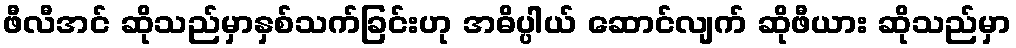
ဖီလီအင် ဆိုသည်မှာနှစ်သက်ခြင်းဟု အဓိပ္ပါယ် ဆောင်လျက် ဆိုဖီယား ဆိုသည်မှာ